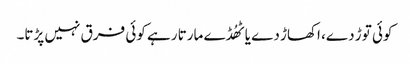
کوئی توڑ دے، اکھاڑ دے یا ٹھُڈے مارتا رہے کوئی فرق نہیں پڑتا۔